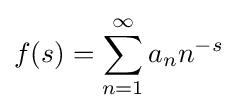
f(s)=\sum _{n=1}^{\infty }a_{n}n^{-s}